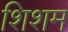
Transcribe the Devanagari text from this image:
शिशम